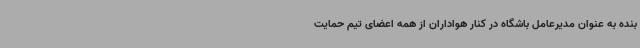
بنده به عنوان مدیرعامل باشگاه در کنار هواداران از همه اعضای تیم حمایت